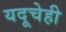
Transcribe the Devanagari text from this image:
यदूचेही